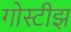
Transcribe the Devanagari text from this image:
गोस्टीझ